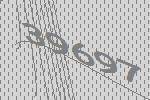
39697